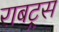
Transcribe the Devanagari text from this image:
राबट्र्स